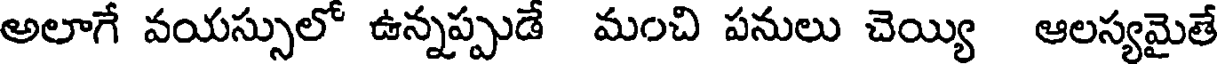
అలాగే వయస్సులో ఉన్నప్పుడే మంచి పనులు చెయ్యి ఆలస్యమైతే